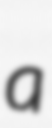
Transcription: a